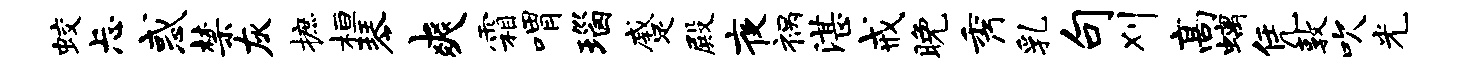
蛟忐惑禁灰摭桓琴爽霜喟瑙蹙殿夜祸湛戒晚秀乳句刈高螭凭敦吹光